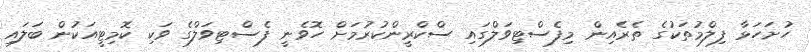
ހުށަހަޅާ ފިލްމުތަކުގެ ތެރެއިން މިފެސްޓިވަލްގައި ސްކްރީންކުރުމަށް ހޮވެނީ ފެސްޓިވަލްގެ ވަކި ކޮމިޓީއަކުން ބަލައި